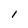
Character: l